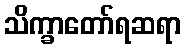
သိက္ခာတော်ရဆရာ